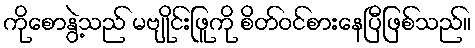
ကိုစောနွဲ့သည် မဗျိုင်းဖြူကို စိတ်ဝင်စားနေပြီဖြစ်သည်။